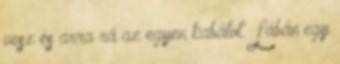
vesz és arra rá az egyen kabátot. Lábán egy